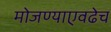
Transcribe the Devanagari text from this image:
मोजण्याएवढेच